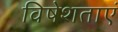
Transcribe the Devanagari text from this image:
विषेशताएं